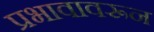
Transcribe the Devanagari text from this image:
प्रभावावरून